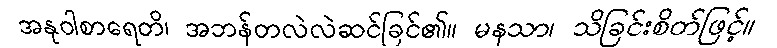
အနုဝါစာရေတိ၊ အဘန်တလဲလဲဆင်ခြင်၏။ မနသာ၊ သိခြင်းစိတ်ဖြင့်။